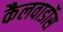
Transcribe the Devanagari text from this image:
कैलवाडॉस